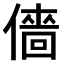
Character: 𠎸